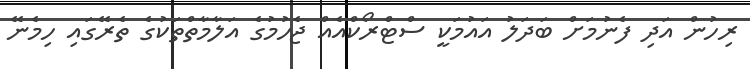
ރިހުން އަދި ފެނުމަށް ބަދަލު އައުމަކީ ސްޓްރޯކްއެއް ޖެހުމުގެ އަލާމާތްތަކުގެ ތެރޭގައި ހިމެނޭ